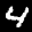
Label: 4